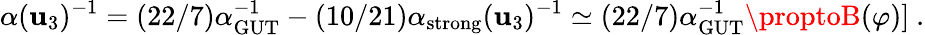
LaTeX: \alpha(\mathbf{u}_{3})^{-1}=(22/7)\alpha_{\mathrm{{GUT}}}^{-1}-(10/21)\alpha_{\mathrm{{strong}}}(\mathbf{u}_{3})^{-1}\simeq(22/7)\alpha_{\mathrm{{GUT}}}^{-1}\proptoB(\varphi)]\ .